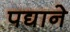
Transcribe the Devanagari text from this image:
पद्याने